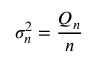
\sigma _ { n } ^ { 2 } = { \frac { Q _ { n } } { n } }